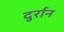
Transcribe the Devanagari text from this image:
दुर्रान